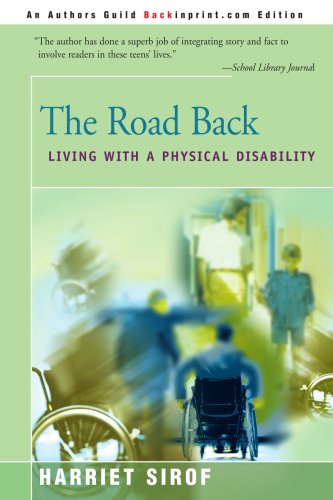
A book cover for The Road Back: Living with a Physical Disability; Harriet Sirof; Teen & Young Adult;